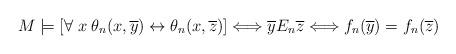
LaTeX: \begin{align*}M\models [\forall \; x \; \theta_{n}(x, \overline{y})\leftrightarrow \theta_{n}(x,\overline{z})] \Longleftrightarrow \overline{y} E_{n} \overline{z} \Longleftrightarrow f_{n}(\overline{y})=f_{n}(\overline{z})\end{align*}